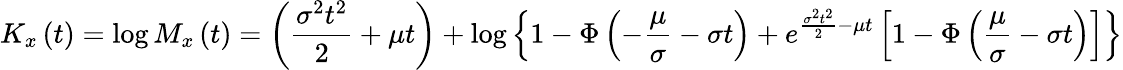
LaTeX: K_{x}\left(t\right)=\log{M_{x}\left(t\right)}=\left({\frac{\sigma^{2}t^{2}}{2}}+\mu t\right)+\log{\left\lbrace 1-\Phi\left(-{\frac{\mu}{\sigma}}-\sigma t\right)+e^{{\frac{\sigma^{2}t^{2}}{2}}-\mu t}\left[1-\Phi\left({\frac{\mu}{\sigma}}-\sigma t\right)\right]\right\rbrace}